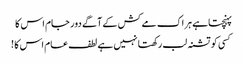
پہنچتاہے ہر اک مے کش کے آگے دور جام اس کا
کسی کو تشنہ لب رکھتا نہیں ہے لطف عام اس کا !